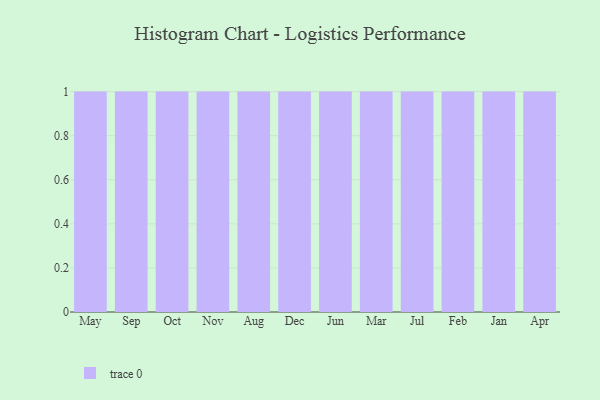
{"axis": {"x": "Month", "y": "Tickets Resolved"}, "legend": [""], "data": [{"x": "May", "y": 54, "type": ""}, {"x": "Sep", "y": 74, "type": ""}, {"x": "Oct", "y": 3, "type": ""}, {"x": "Nov", "y": 57, "type": ""}, {"x": "Aug", "y": 12, "type": ""}, {"x": "Dec", "y": 31, "type": ""}, {"x": "Jun", "y": 80, "type": ""}, {"x": "Mar", "y": 37, "type": ""}, {"x": "Jul", "y": 60, "type": ""}, {"x": "Feb", "y": 90, "type": ""}, {"x": "Jan", "y": 29, "type": ""}, {"x": "Apr", "y": 54, "type": ""}]}